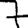
Digit: 7